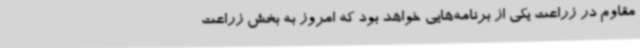
مقاوم در زراعت یکی از برنامه‌هایی خواهد بود که امروز به بخش زراعت